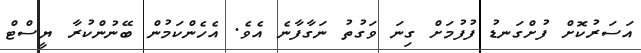
އަސަރުކޮށް ފުށްގަނޑު ފުފުމަށް ގިނަ ވަގުތު ނަގާފާނެ އެވެ. އެހެންކަމުން ބޭނުންކުރާ ޔީސްޓް